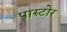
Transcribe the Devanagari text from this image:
पास्टोर